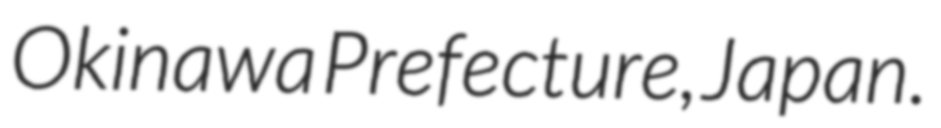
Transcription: Okinawa Prefecture, Japan.